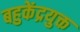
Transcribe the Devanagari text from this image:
बहुकेंद्रयुक्त